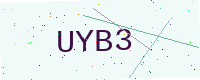
Text: UYB3